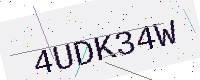
Text: 4UDK34W